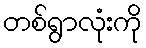
တစ်ရွာလုံးကို